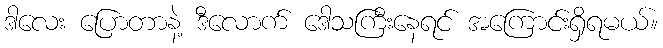
ဒါလေး ပြောတာနဲ့ ဒီလောက် ဒေါသကြီးနေရင် အကြောင်းရှိရမယ်။